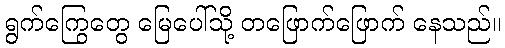
ရွက်ကြွေတွေ မြေပေါ်သို့ တဖြောက်ဖြောက် နေသည်။